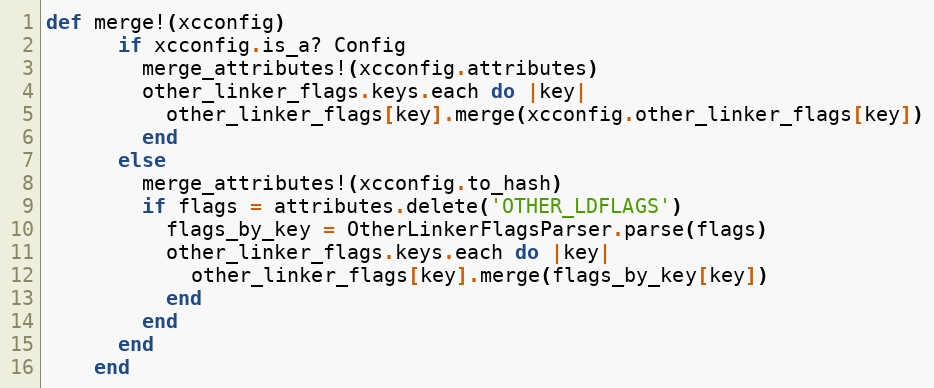
Language: Ruby
def merge!(xcconfig)
      if xcconfig.is_a? Config
        merge_attributes!(xcconfig.attributes)
        other_linker_flags.keys.each do |key|
          other_linker_flags[key].merge(xcconfig.other_linker_flags[key])
        end
      else
        merge_attributes!(xcconfig.to_hash)
        if flags = attributes.delete('OTHER_LDFLAGS')
          flags_by_key = OtherLinkerFlagsParser.parse(flags)
          other_linker_flags.keys.each do |key|
            other_linker_flags[key].merge(flags_by_key[key])
          end
        end
      end
    end